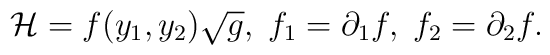
{\cal H}= f(y_1,y_2)\sqrt{g}, \; f_1 = \partial_1 f, \;f_2 = \partial_2 f.